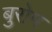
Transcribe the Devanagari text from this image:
बुरोम